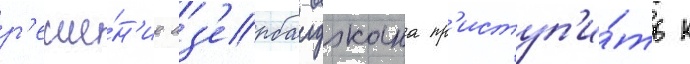
р'еше́н'ие аз'ербаиджана пр'иступ'и́ть к